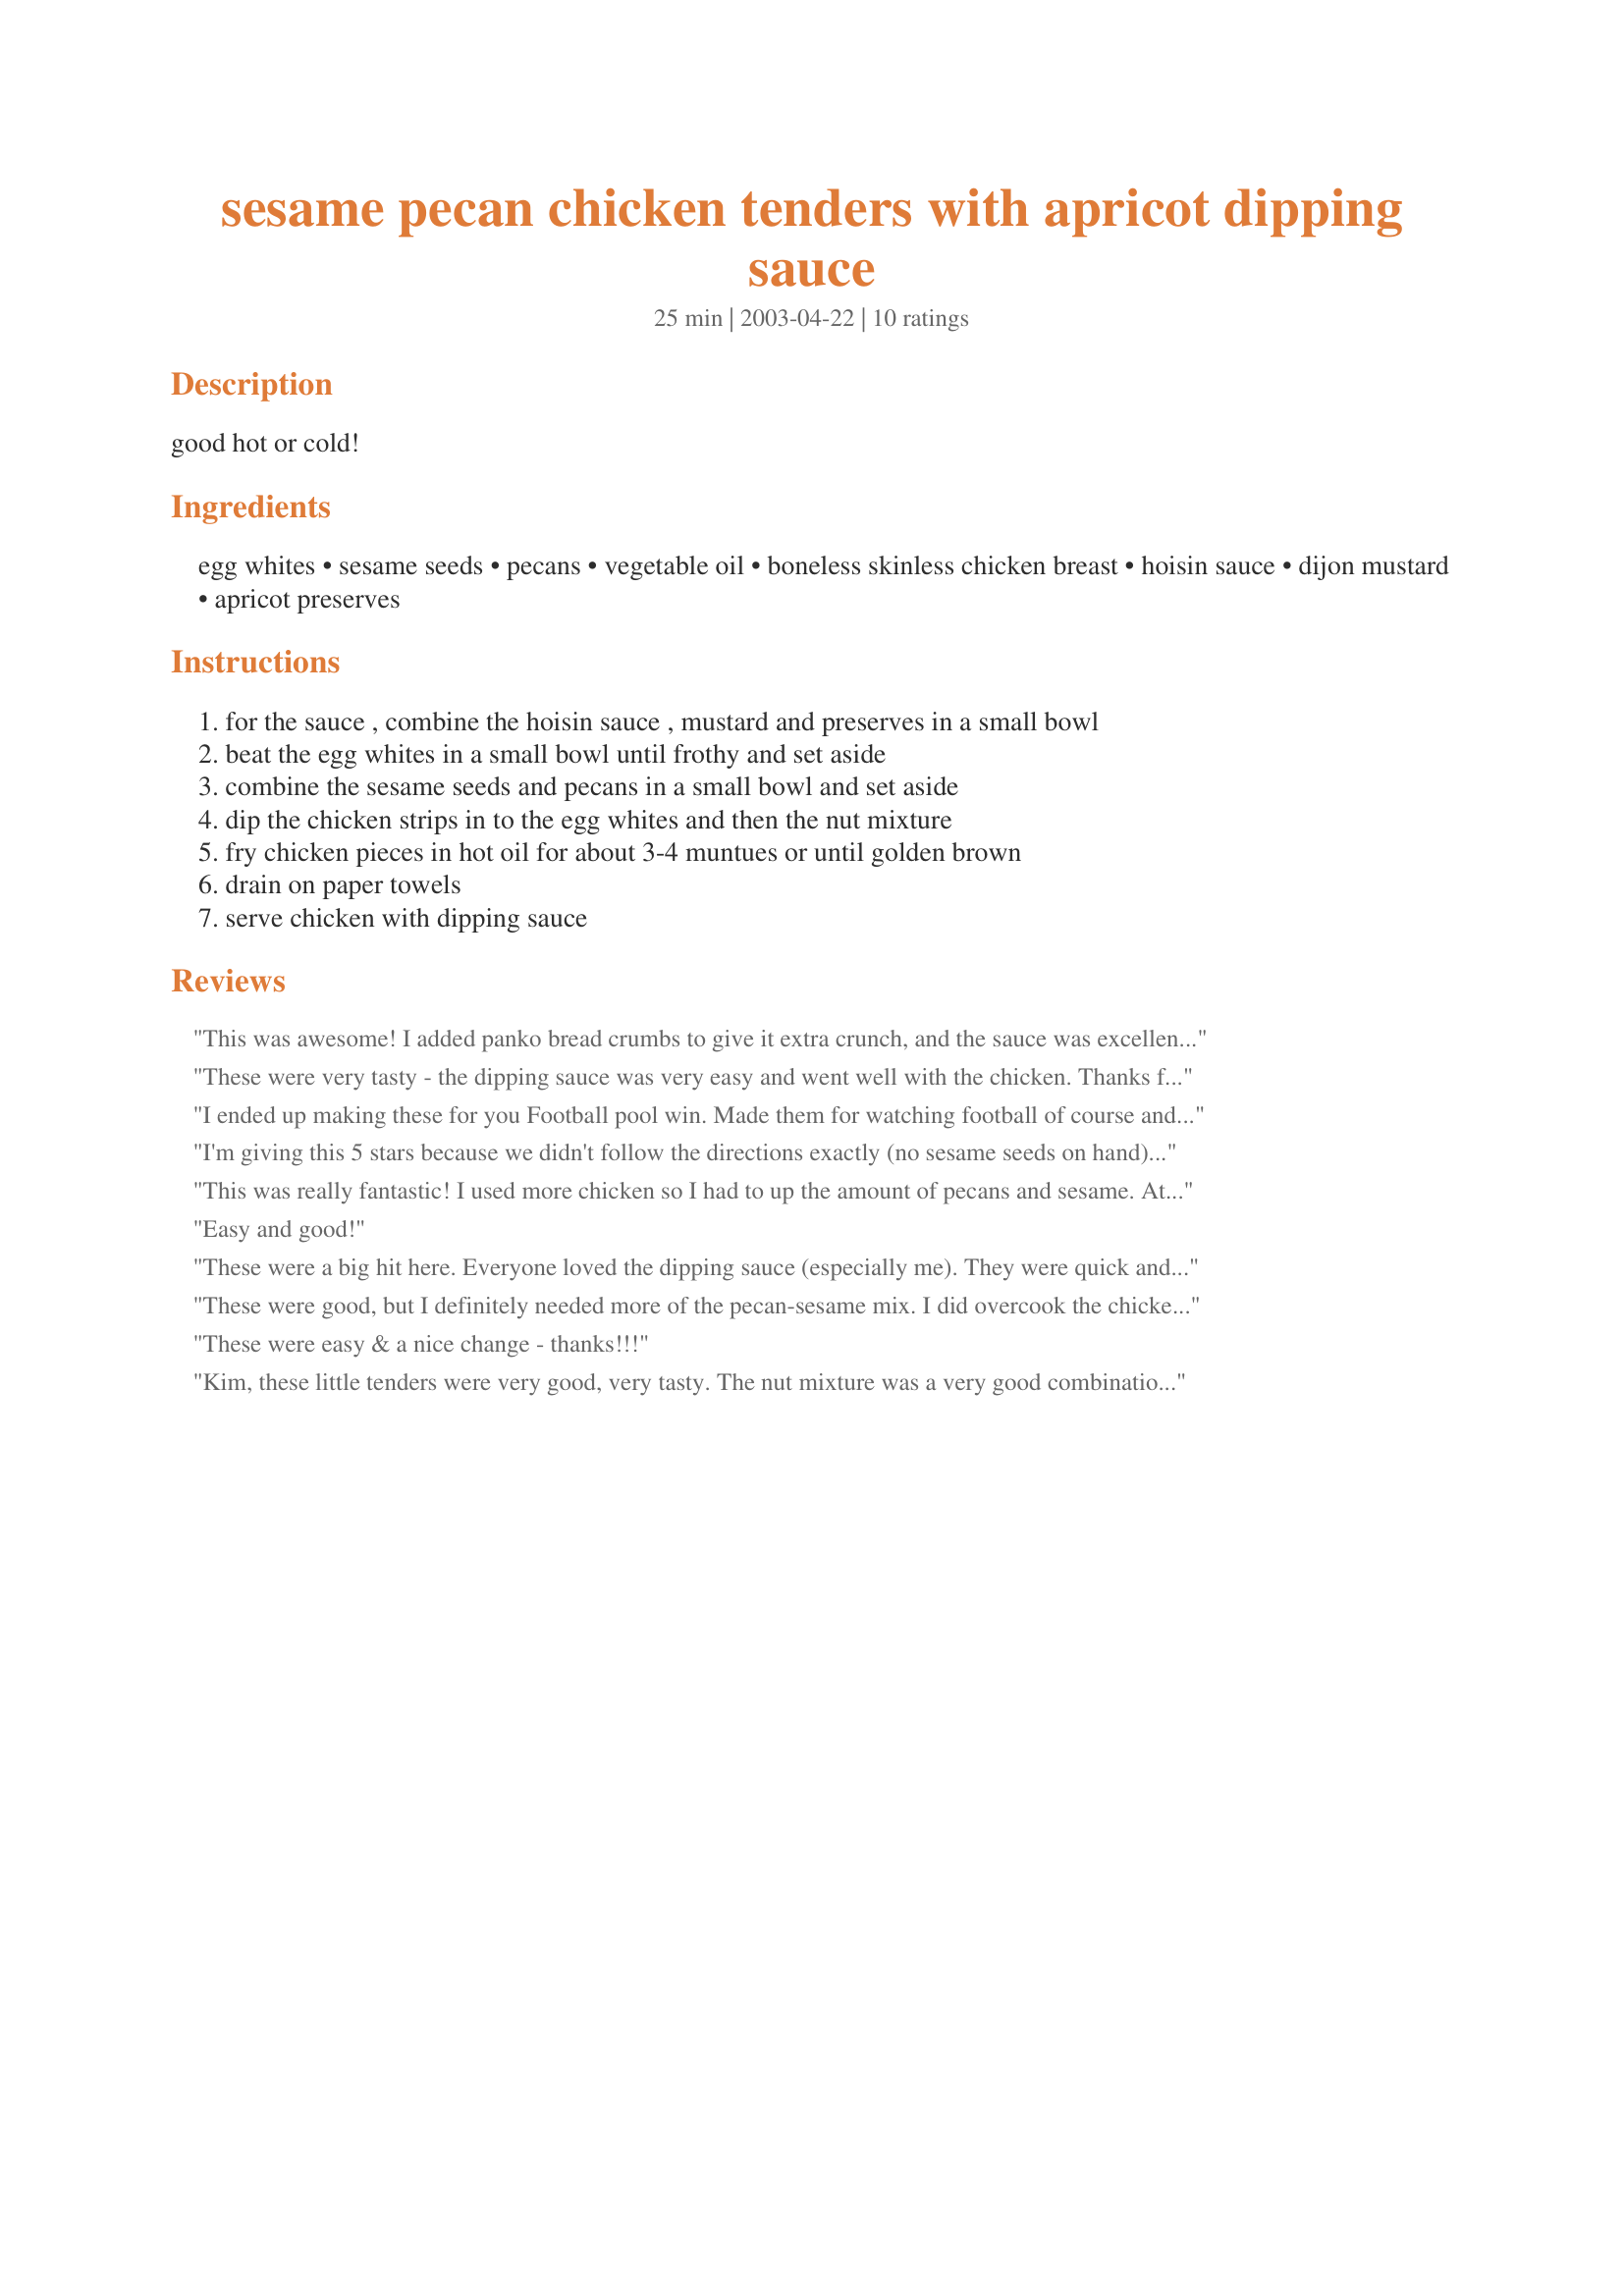
sesame pecan chicken tenders with apricot dipping sauce
Preparation time: 25 minutes

good hot or cold!

Ingredients:
egg whites, sesame seeds, pecans, vegetable oil, boneless skinless chicken breast, hoisin sauce, dijon mustard, apricot preserves

Steps:
for the sauce , combine the hoisin sauce , mustard and preserves in a small bowl, beat the egg whites in a small bowl until frothy and set aside, combine the sesame seeds and pecans in a small bowl and set aside, dip the chicken strips in to the egg whites and then the nut mixture, fry chicken pieces in hot oil for about 3-4 muntues or until golden brown, drain on paper towels, serve chicken with dipping sauce

Reviews:
This was awesome! I added panko bread crumbs to give it extra crunch, and the sauce was excellent! This is definately a keeper.
These were very tasty - the dipping sauce was very easy and went well with the chicken. Thanks for posting!
I ended up making these for you Football pool win. Made them for watching football of course and had great compliments. Very tasty.
Will become a favorite here.
Congrats on your win, sorry it took me so long to review a recipe. (and I still plan on making those taco cookies, just need some time)
I'm giving this 5 stars because we didn't follow the directions exactly (no sesame seeds on hand) and probably would have added to the flavor. We made a few alterations to this recipe, using potato flakes mixed with pecans (which were amazing!) and dipping chicken in skim milk instead of egg. We also baked the chicken at 400 degrees F for 4 minutes on each side until done instead of frying to make a bit healthier. My favorite part was the toasted pecans and the sauce! My BF even thought the sauce was the best part.

I used Polaner's Apricot preserves (all fruit), Frenches regular mustard, wheat-free Tamari (no hoisin sauce), and then 1 T molasses to add sweetness. Amazing sauce!!!!

Thank you for this recipe; the pecans and sauce are what make this dish truly great!
This was really fantastic! I used more chicken so I had to up the amount of pecans and sesame. At one point I ran out of pecans and used walnuts-- seemed to work fine but I prefered the pecan and sesame mix (my boyfriend and neighbor didn't seem to notice the difference). It was delicious. The "breading" allows the chicken to stay juicy and the dipping sauce was easy and delicious. Thanks for posting!
Easy and good!
These were a big hit here. Everyone loved the dipping sauce (especially me). They were quick and easy to make and we loved the crunch from the sesame and pecans.
Another keeper!!
These were good, but I definitely needed more of the pecan-sesame mix. I did overcook the chicken, so they were on the dry side, but that's my fault. I will make a double batch of the sauce next time. That's what my husband and I liked the best. Would be good with any chicken tenders and batter fried pork pieces. Thanks for the recipe.
These were easy & a nice change - thanks!!!
Kim, these little tenders were very good, very tasty. The nut mixture was a very good combination, giving a satisfying crunch. The sauce was simple, but bursting with flavor. I did add some finely chopped green onion to the sauce for an added bit of color and taste. We liked the onion, but you could use chives instead. Thanks so much for sharing your wonderful recipe.
